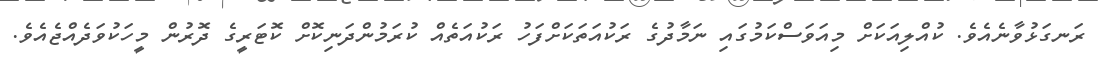
ރަނގަޅުވާނެއެވެ. ކުއްލިއަކަށް މިއަވަސްކަމުގައި ނަމާދުގެ ރަކުއަތަކަށްފަހު ރަކުއަތެއް ކުރަމުންދަނިކޮށް ކޮޓަރީގެ ދޮރުން މީހަކުވަދެއްޖެއެވެ.